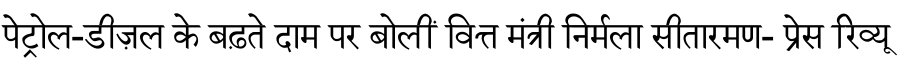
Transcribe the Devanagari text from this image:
पेट्रोल-डीज़ल के बढ़ते दाम पर बोलीं वित्त मंत्री निर्मला सीतारमण- प्रेस रिव्यू